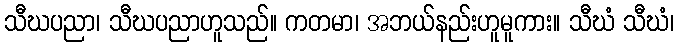
သီဃပညာ၊ သီဃပညာဟူသည်။ ကတမာ၊ အဘယ်နည်းဟူမူကား။ သီဃံ သီဃံ၊